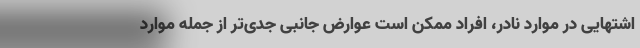
اشتهایی در موارد نادر، افراد ممکن است عوارض جانبی جدی‌تر از جمله موارد